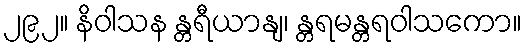
၂၉၂။ နိဝါသန န္တရီယာနျ၊ န္တရမန္တရဝါသကော။